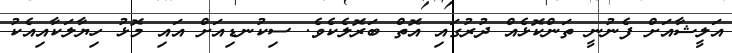
އަލީޝާއަށް ފެނުނީ ތަންކޮޅެއް ދުރުގައި އޮތް ބަރޮލެކެވެ. ސިކުނޑިއަށް އައި މޮޅު ހިޔާލަކާއިއެކު